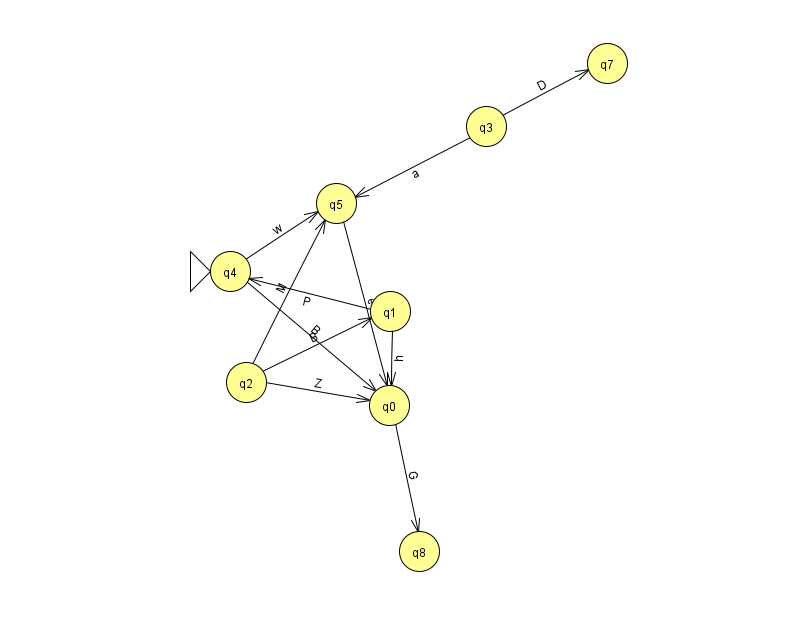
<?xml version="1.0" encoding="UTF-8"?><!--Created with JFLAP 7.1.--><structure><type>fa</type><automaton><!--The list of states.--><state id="0" name="q0"><x>389.0</x><y>392.0</y></state><state id="1" name="q1"><x>390.0</x><y>298.0</y></state><state id="2" name="q2"><x>246.0</x><y>369.0</y></state><state id="3" name="q3"><x>486.0</x><y>113.0</y></state><state id="4" name="q4"><x>230.0</x><y>258.0</y><initial/></state><state id="5" name="q5"><x>336.0</x><y>190.0</y></state><state id="7" name="q7"><x>607.0</x><y>50.0</y></state><state id="8" name="q8"><x>419.0</x><y>538.0</y></state><!--The list of transitions.--><transition><from>0</from><to>8</to><read>G</read></transition><transition><from>2</from><to>5</to><read>M</read></transition><transition><from>2</from><to>1</to><read>B</read></transition><transition><from>4</from><to>5</to><read>w</read></transition><transition><from>3</from><to>5</to><read>a</read></transition><transition><from>3</from><to>7</to><read>D</read></transition><transition><from>4</from><to>0</to><read>B</read></transition><transition><from>1</from><to>4</to><read>P</read></transition><transition><from>1</from><to>0</to><read>h</read></transition><transition><from>5</from><to>0</to><read>e</read></transition><transition><from>2</from><to>0</to><read>Z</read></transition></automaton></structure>